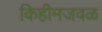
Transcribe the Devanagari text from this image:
किहीमजवळ